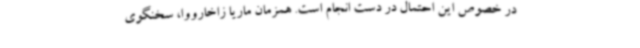
در خصوص این احتمال در دست انجام است. همزمان ماریا زاخارووا، سخنگوی